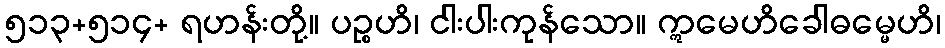
၅၁၃+၅၁၄+ ရဟန်းတို့။ ပဉ္စဟိ၊ ငါးပါးကုန်သော။ ဣမေဟိခေါဓမ္မေဟိ၊